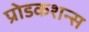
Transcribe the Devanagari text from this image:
प्रोडकशन्स